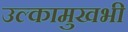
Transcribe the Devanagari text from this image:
उल्कामुखभी